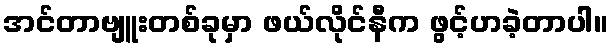
အင်တာဗျူးတစ်ခုမှာ ဖယ်လိုင်နီက ဖွင့်ဟခဲ့တာပါ။